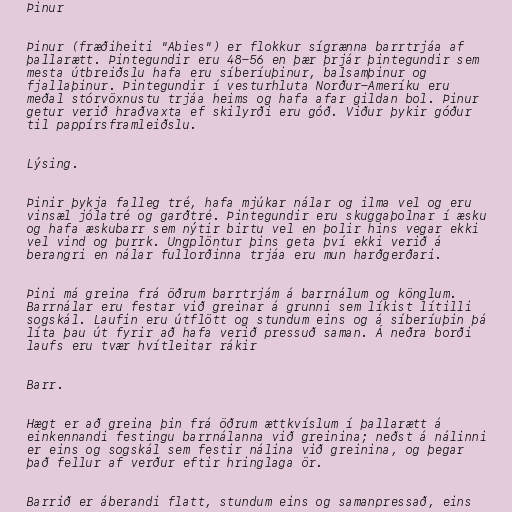
Þinur

Þinur (fræðiheiti "Abies") er flokkur sígrænna barrtrjáa af
þallarætt. Þintegundir eru 48-56 en þær þrjár þintegundir sem
mesta útbreiðslu hafa eru síberíuþinur, balsamþinur og
fjallaþinur. Þintegundir í vesturhluta Norður-Ameríku eru
meðal stórvöxnustu trjáa heims og hafa afar gildan bol. Þinur
getur verið hraðvaxta ef skilyrði eru góð. Viður þykir góður
til pappírsframleiðslu.

Lýsing.

Þinir þykja falleg tré, hafa mjúkar nálar og ilma vel og eru
vinsæl jólatré og garðtré. Þintegundir eru skuggaþolnar í æsku
og hafa æskubarr sem nýtir birtu vel en þolir hins vegar ekki
vel vind og þurrk. Ungplöntur þins geta því ekki verið á
berangri en nálar fullorðinna trjáa eru mun harðgerðari.

Þini má greina frá öðrum barrtrjám á barrnálum og könglum.
Barrnálar eru festar við greinar á grunni sem líkist lítilli
sogskál. Laufin eru útflött og stundum eins og á síberíuþin þá
líta þau út fyrir að hafa verið pressuð saman. Á neðra borði
laufs eru tvær hvítleitar rákir

Barr.

Hægt er að greina þin frá öðrum ættkvíslum í þallarætt á
einkennandi festingu barrnálanna við greinina; neðst á nálinni
er eins og sogskál sem festir nálina við greinina, og þegar
það fellur af verður eftir hringlaga ör.

Barrið er áberandi flatt, stundum eins og samanpressað, eins